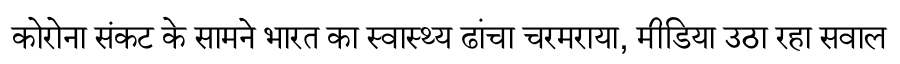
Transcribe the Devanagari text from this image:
कोरोना संकट के सामने भारत का स्वास्थ्य ढांचा चरमराया, मीडिया उठा रहा सवाल